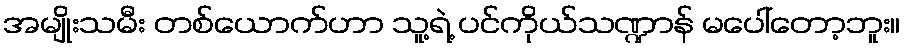
အမျိုးသမီး တစ်ယောက်ဟာ သူ့ရဲ့ ပင်ကိုယ်သဏ္ဍာန် မပေါ်တော့ဘူး။